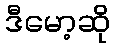
ဒီမော့ဆို